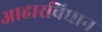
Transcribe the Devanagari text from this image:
आहारविधान